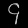
Digit: ၄